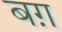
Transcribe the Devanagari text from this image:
बग़